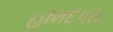
હામદપરા